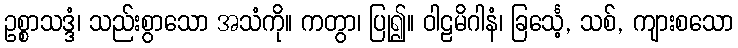
ဥစ္စာသဒ္ဒံ၊ သည်းစွာသော အသံကို။ ကတွာ၊ ပြု၍။ ဝါဠမိဂါနံ၊ ခြင်္သေ့, သစ်, ကျားစသော